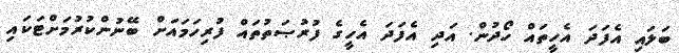
ބަލައި އެފަދަ އެހީތައް ހޯދުން. އަދި އެފަދަ އެހީގެ ފުރުޞަތުތައް ފުރިހަމައަށް ބޭނުންކުރުމަށްޓަކައި